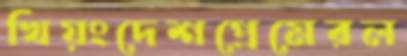
খিয়ংদেশপ্রেমেরল